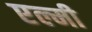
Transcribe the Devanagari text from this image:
एल्मी